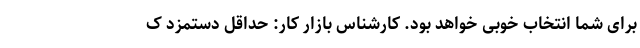
برای شما انتخاب خوبی خواهد بود. کارشناس بازار کار: حداقل دستمزد ک